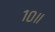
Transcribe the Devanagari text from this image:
१०॥